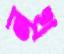
নখ